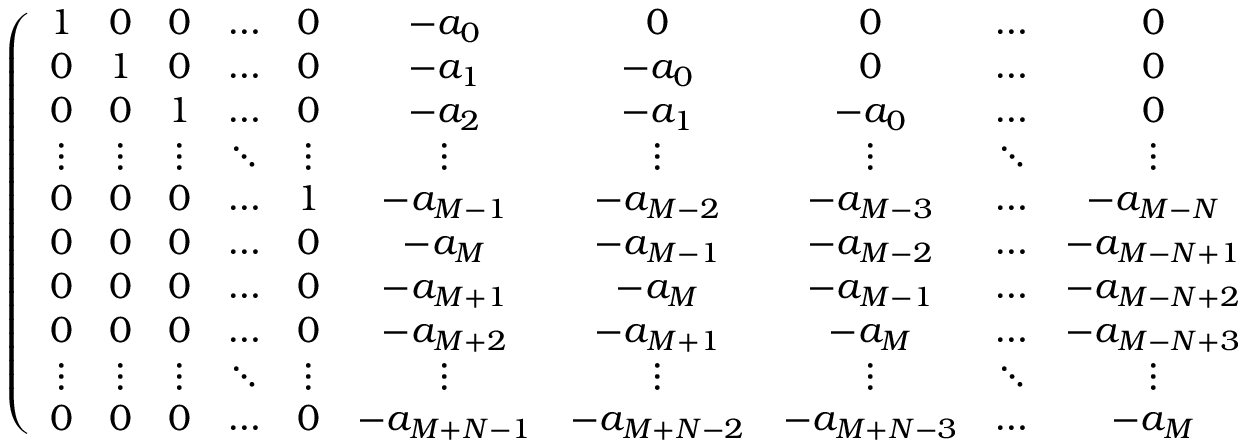
\begin{array} { r } { \left( \begin{array} { c c c c c c c c c c } { 1 } & { 0 } & { 0 } & { \ldots } & { 0 } & { - a _ { 0 } } & { 0 } & { 0 } & { \ldots } & { 0 } \\ { 0 } & { 1 } & { 0 } & { \ldots } & { 0 } & { - a _ { 1 } } & { - a _ { 0 } } & { 0 } & { \ldots } & { 0 } \\ { 0 } & { 0 } & { 1 } & { \ldots } & { 0 } & { - a _ { 2 } } & { - a _ { 1 } } & { - a _ { 0 } } & { \ldots } & { 0 } \\ { \vdots } & { \vdots } & { \vdots } & { \ddots } & { \vdots } & { \vdots } & { \vdots } & { \vdots } & { \ddots } & { \vdots } \\ { 0 } & { 0 } & { 0 } & { \ldots } & { 1 } & { - a _ { M - 1 } } & { - a _ { M - 2 } } & { - a _ { M - 3 } } & { \ldots } & { - a _ { M - N } } \\ { 0 } & { 0 } & { 0 } & { \ldots } & { 0 } & { - a _ { M } } & { - a _ { M - 1 } } & { - a _ { M - 2 } } & { \ldots } & { - a _ { M - N + 1 } } \\ { 0 } & { 0 } & { 0 } & { \ldots } & { 0 } & { - a _ { M + 1 } } & { - a _ { M } } & { - a _ { M - 1 } } & { \ldots } & { - a _ { M - N + 2 } } \\ { 0 } & { 0 } & { 0 } & { \ldots } & { 0 } & { - a _ { M + 2 } } & { - a _ { M + 1 } } & { - a _ { M } } & { \ldots } & { - a _ { M - N + 3 } } \\ { \vdots } & { \vdots } & { \vdots } & { \ddots } & { \vdots } & { \vdots } & { \vdots } & { \vdots } & { \ddots } & { \vdots } \\ { 0 } & { 0 } & { 0 } & { \ldots } & { 0 } & { - a _ { M + N - 1 } } & { - a _ { M + N - 2 } } & { - a _ { M + N - 3 } } & { \ldots } & { - a _ { M } } \end{array} \right) \left( \begin{array} { c } { c _ { 1 } } \\ { c _ { 2 } } \\ { c _ { 3 } } \\ { \vdots } \\ { c _ { M } } \\ { d _ { 1 } } \\ { d _ { 2 } } \\ { d _ { 3 } } \\ { \vdots } \\ { d _ { N } } \end{array} \right) = \left( \begin{array} { c } { a _ { 1 } } \\ { a _ { 2 } } \\ { a _ { 3 } } \\ { \vdots } \\ { a _ { M } } \\ { a _ { M + 1 } } \\ { a _ { M + 2 } } \\ { a _ { M + 3 } } \\ { \vdots } \\ { a _ { M + N } } \end{array} \right) } \end{array}